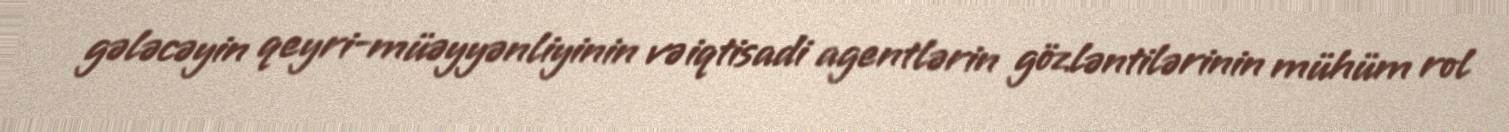
gələcəyin qeyri-müəyyənliyinin və iqtisadi agentlərin gözləntilərinin mühüm rol